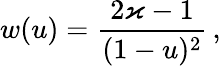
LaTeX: w(u)=\frac{2\varkappa-1}{(1-u)^{2}}\, ,